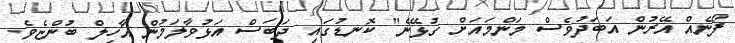
ފޯނެއް އޭރުން އަބަދުވެސް މަންމައަށް ގުޅޭނެ" ކޮނޑުގައި ދަބަސް އަޅުވާލަމުން އާހިލް ބުންޏެވެ.